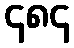
၄၈၄